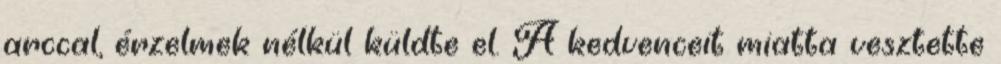
arccal, érzelmek nélkül küldte el. A kedvenceit miatta vesztette